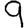
Digit: 9